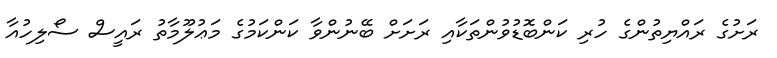
ރަށުގެ ރައްޔިތުންގެ ހުރި ކަންބޮޑުވުންތަކާއި ރަށަށް ބޭނުންވާ ކަންކަމުގެ މަޢުލޫމާތު ރައީސް ސޯލިހުއާ